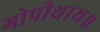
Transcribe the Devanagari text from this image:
गोपीथाय॥